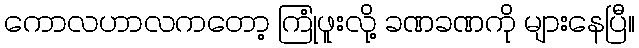
ကောလဟာလကတော့ ကြုံဖူးလို့ ခဏခဏကို များနေပြီ။